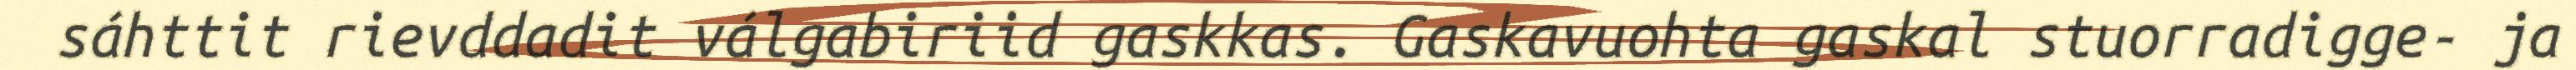
sáhttit rievddadit válgabiriid gaskkas. Gaskavuohta gaskal stuorradigge- ja